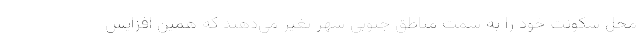
محل سکونت خود را به سمت مناطق جنوبی شهر تغیر می‌دهند که همین افزایش